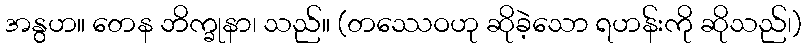
အနွဟ။ တေန ဘိက္ခုနာ၊ သည်။ (တဿေဝဟု ဆိုခဲ့သော ရဟန်းကို ဆိုသည်၊)